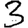
Digit: 3